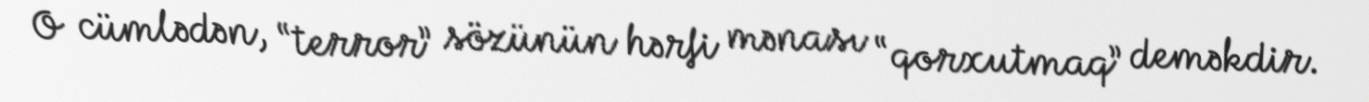
O cümlədən, “terror” sözünün hərfi mənası “qorxutmaq” deməkdir.